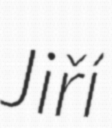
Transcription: Jiří